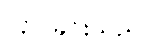
လုပ်ခြင်းသည်